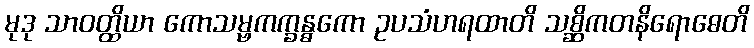
မုဒု သာဝတ္ထိယာ ကောသမ္ဗကက္ခန္ဓကော ဥပသံဟရထာတိ သစ္ဆိကတနိရောဓေတိ